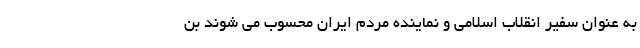
به عنوان سفیر انقلاب اسلامی و نماینده مردم ایران محسوب می شوند بن